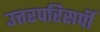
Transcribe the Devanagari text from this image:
उत्तरपरिसर्पी